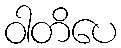
ဝါတိပေ